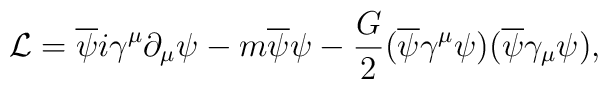
{\cal L} = \overline{\psi}i\gamma^{\mu}\partial_{\mu}\psi  - m\overline{\psi}\psi -\frac{G}{2}(\overline{\psi}\gamma^{\mu}\psi)(\overline{\psi}\gamma_{\mu}\psi),